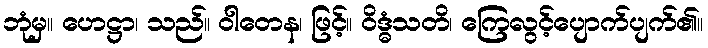
ဘုံမှ။ ဟေဋ္ဌာ၊ သည်။ ဝါတေန၊ ဖြင့်။ ဝိဒ္ဓံသတိ၊ ကြေလွင့်ပျောက်ပျက်၏။